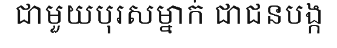
ជាមួយបុរសម្នាក់ ជាជនបង្ក